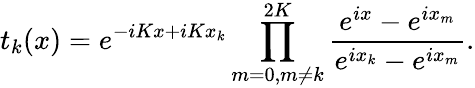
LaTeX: t_{k}(x)=e^{-iKx+iKx_{k}}\prod_{m=0,m\neq k}^{2K}{\frac{e^{ix}-e^{ix_{m}}}{e^{ix_{k}}-e^{ix_{m}}}}.